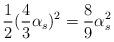
LaTeX: \begin{align*}\frac{1}{2} (\frac{4}{3} \alpha_{s})^{2} = \frac{8}{9} \alpha_{s}^{2}\end{align*}